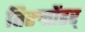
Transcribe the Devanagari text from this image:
तिरुत्तोंडर्